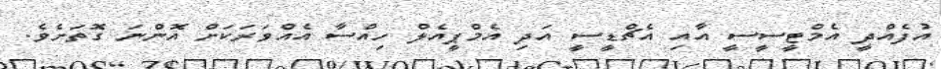
އުފެއްދީ އެމްޓީސީސީ އާއި އެޗްޑީސީ އަދި އެމްޕީއެލް ހިއްސާ އެއްވަަރަކަށް އޮންނަ ގޮތަށެވެ.